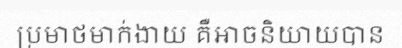
ប្រមាថមាក់ងាយ គឺអាចនិយាយបាន